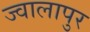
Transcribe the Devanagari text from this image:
ज्‍वालापुर